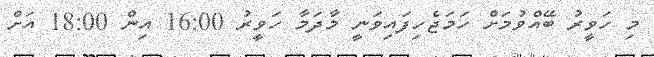
މި ހަވީރު ބޭއްވުމަށް ހަމަޖެހިފައިވަނީ މާދަމާ ހަވީރު 16:00 އިން 18:00 އަށް